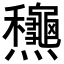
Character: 𪺋